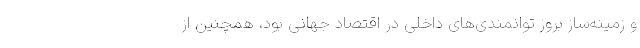
و زمینه‌ساز بروز توانمندی‌های داخلی در اقتصاد جهانی بود، همچنین از